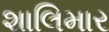
શાલિમાર